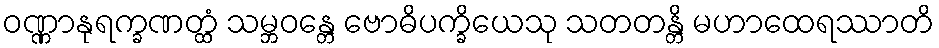
ဝဏ္ဏာနုရက္ခဏတ္ထံ သမ္ဘဝန္တေ ဗောဓိပက္ခိယေသု သတတန္တိ မဟာထေရဿာတိ